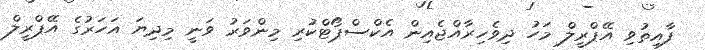
ފާއިތުވި އޭޕްރީލް މަހު ދިވެހިރާއްޖެއިން އެކްސްޕޯޓްކުރި މިންވަރު ވަނީ މިދިޔަ އަހަރުގެ އޭޕްރީލް